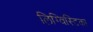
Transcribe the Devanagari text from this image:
लिग्विस्टिका